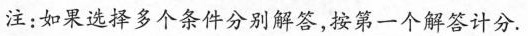
注：如果选择多个条件分别解答，按第一个解答计分。